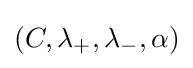
(C,\lambda _{+},\lambda _{-},\alpha )